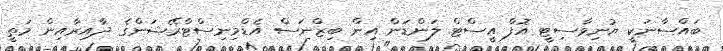
ބައްސާނަކީ ޔުނިވާސިޓީ އޮފް އީސްޓް ލަންޑަން އިން ބިޒްނަސް އެޑްމިނިސްޓްރޭޝަންގެ ދާއިރާއިން މަތީ